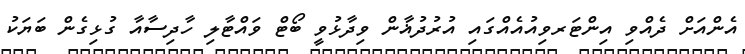
އެންއަށް ދެއްވި އިންޓަރވިއުއެއްގައި އުރުދުޣާން ވިދާޅުވީ ބޯޓް ވައްޓާލި ހާދިސާއާ ގުޅިގެން ބަޔަކު